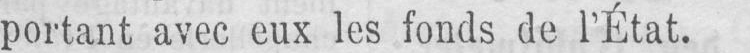
portant avec eux les fonds de l’État.